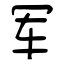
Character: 军